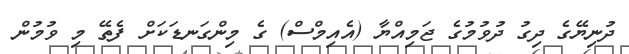
ދުނިޔޭގެ ދިގު ދުވުމުގެ ޖަމިއްޔާ (އެއިމްސް) ގެ މިންގަނޑަކަށް ފެތޭ މި ވުމުން